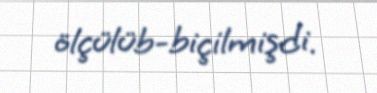
ölçülüb-biçilmişdi.